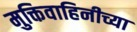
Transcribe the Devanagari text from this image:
मुक्तिवाहिनीच्या